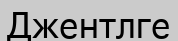
Джентлге